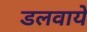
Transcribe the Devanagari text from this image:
डलवाये